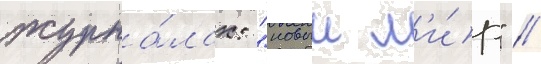
журна́лах: "новыи м'и́р" /